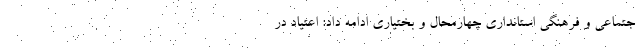
جتماعی و فرهنگی استانداری چهارمحال و بختیاری ادامه داد: اعتیاد در